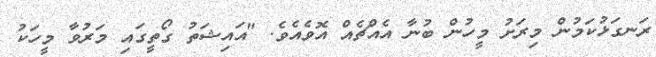
ރަނގަޅުކަމުން މިރަށު މީހުން ބުނާ އެއްޗެއް އޮވެއެވެ. "އައިޝަތު ގޯތީގައި މަރުވާ މީހަކު